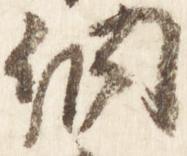
納